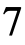
7